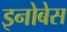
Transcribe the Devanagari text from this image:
इनोबेस